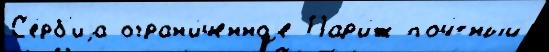
С'е́рб'иjа огран'и́ченноjе Пар'и́ж поч́тный